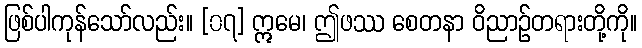
ဖြစ်ပါကုန်သော်လည်း။ [၀၇] ဣမေ၊ ဤဖဿ စေတနာ ဝိညာဉ်တရားတို့ကို။